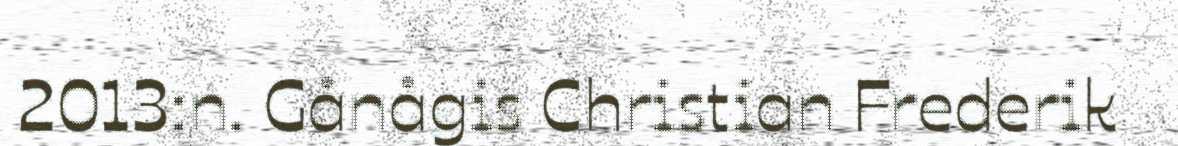
2013:n. Gånågis Christian Frederik